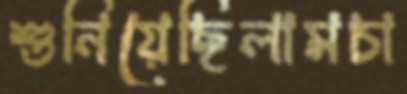
শুনিয়েছিলামচা